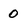
Character: 0